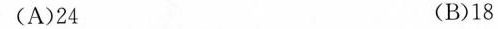
(A)24 (B)18